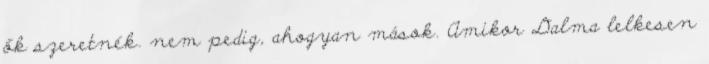
ők szeretnék. nem pedig, ahogyan mások. Amikor Dalma lelkesen